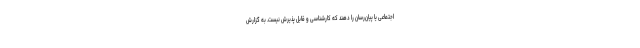
اجتماعی یا پیان‌رسان را دهند که کارشناسی و قابل پذیرش نیست. به گزارش